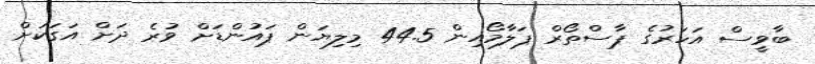
ބާވީސް އަހަރުގެ ޕާސްތޯރް ޕަލާމޯއިން 44.5 މިލިޔަން ޕައުންޑަށް ވުރެ ދަށް އަގަކަށް